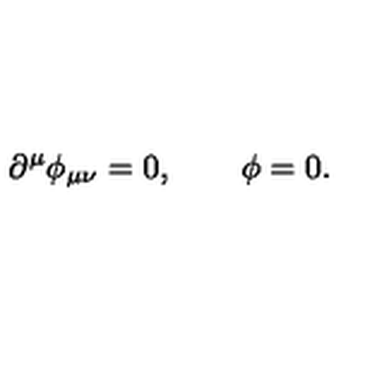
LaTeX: \partial ^ { \mu } \phi _ { \mu \nu } = 0 , \qquad \phi = 0 .